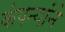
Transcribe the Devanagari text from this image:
कंपन्यांने